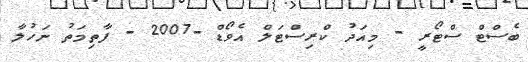
ބެސްޓް ސްޓޯރީ - މިއަދު ކްރިސްޓަލް އެވޯޑް -2007 - ފާތިމަތު ނަހުލާ